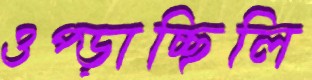
ওপ্‌ড়াচ্ছিলি